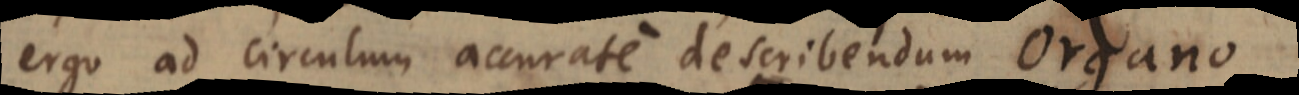
ergo ad circulum accurate describendum Organo